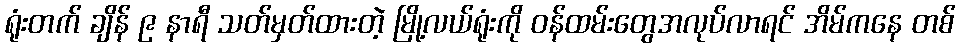
ရုံးတက် ချိန် ၉ နာရီ သတ်မှတ်ထားတဲ့ မြို့လယ်ရုံးကို ဝန်ထမ်းတွေအလုပ်လာရင် အိမ်ကနေ တစ်